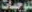
للوجبات